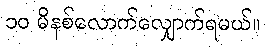
၁၀ မိနစ်လောက်လျှောက်ရမယ်။